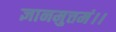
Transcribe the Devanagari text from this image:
ज्ञानमुत्तमं।।